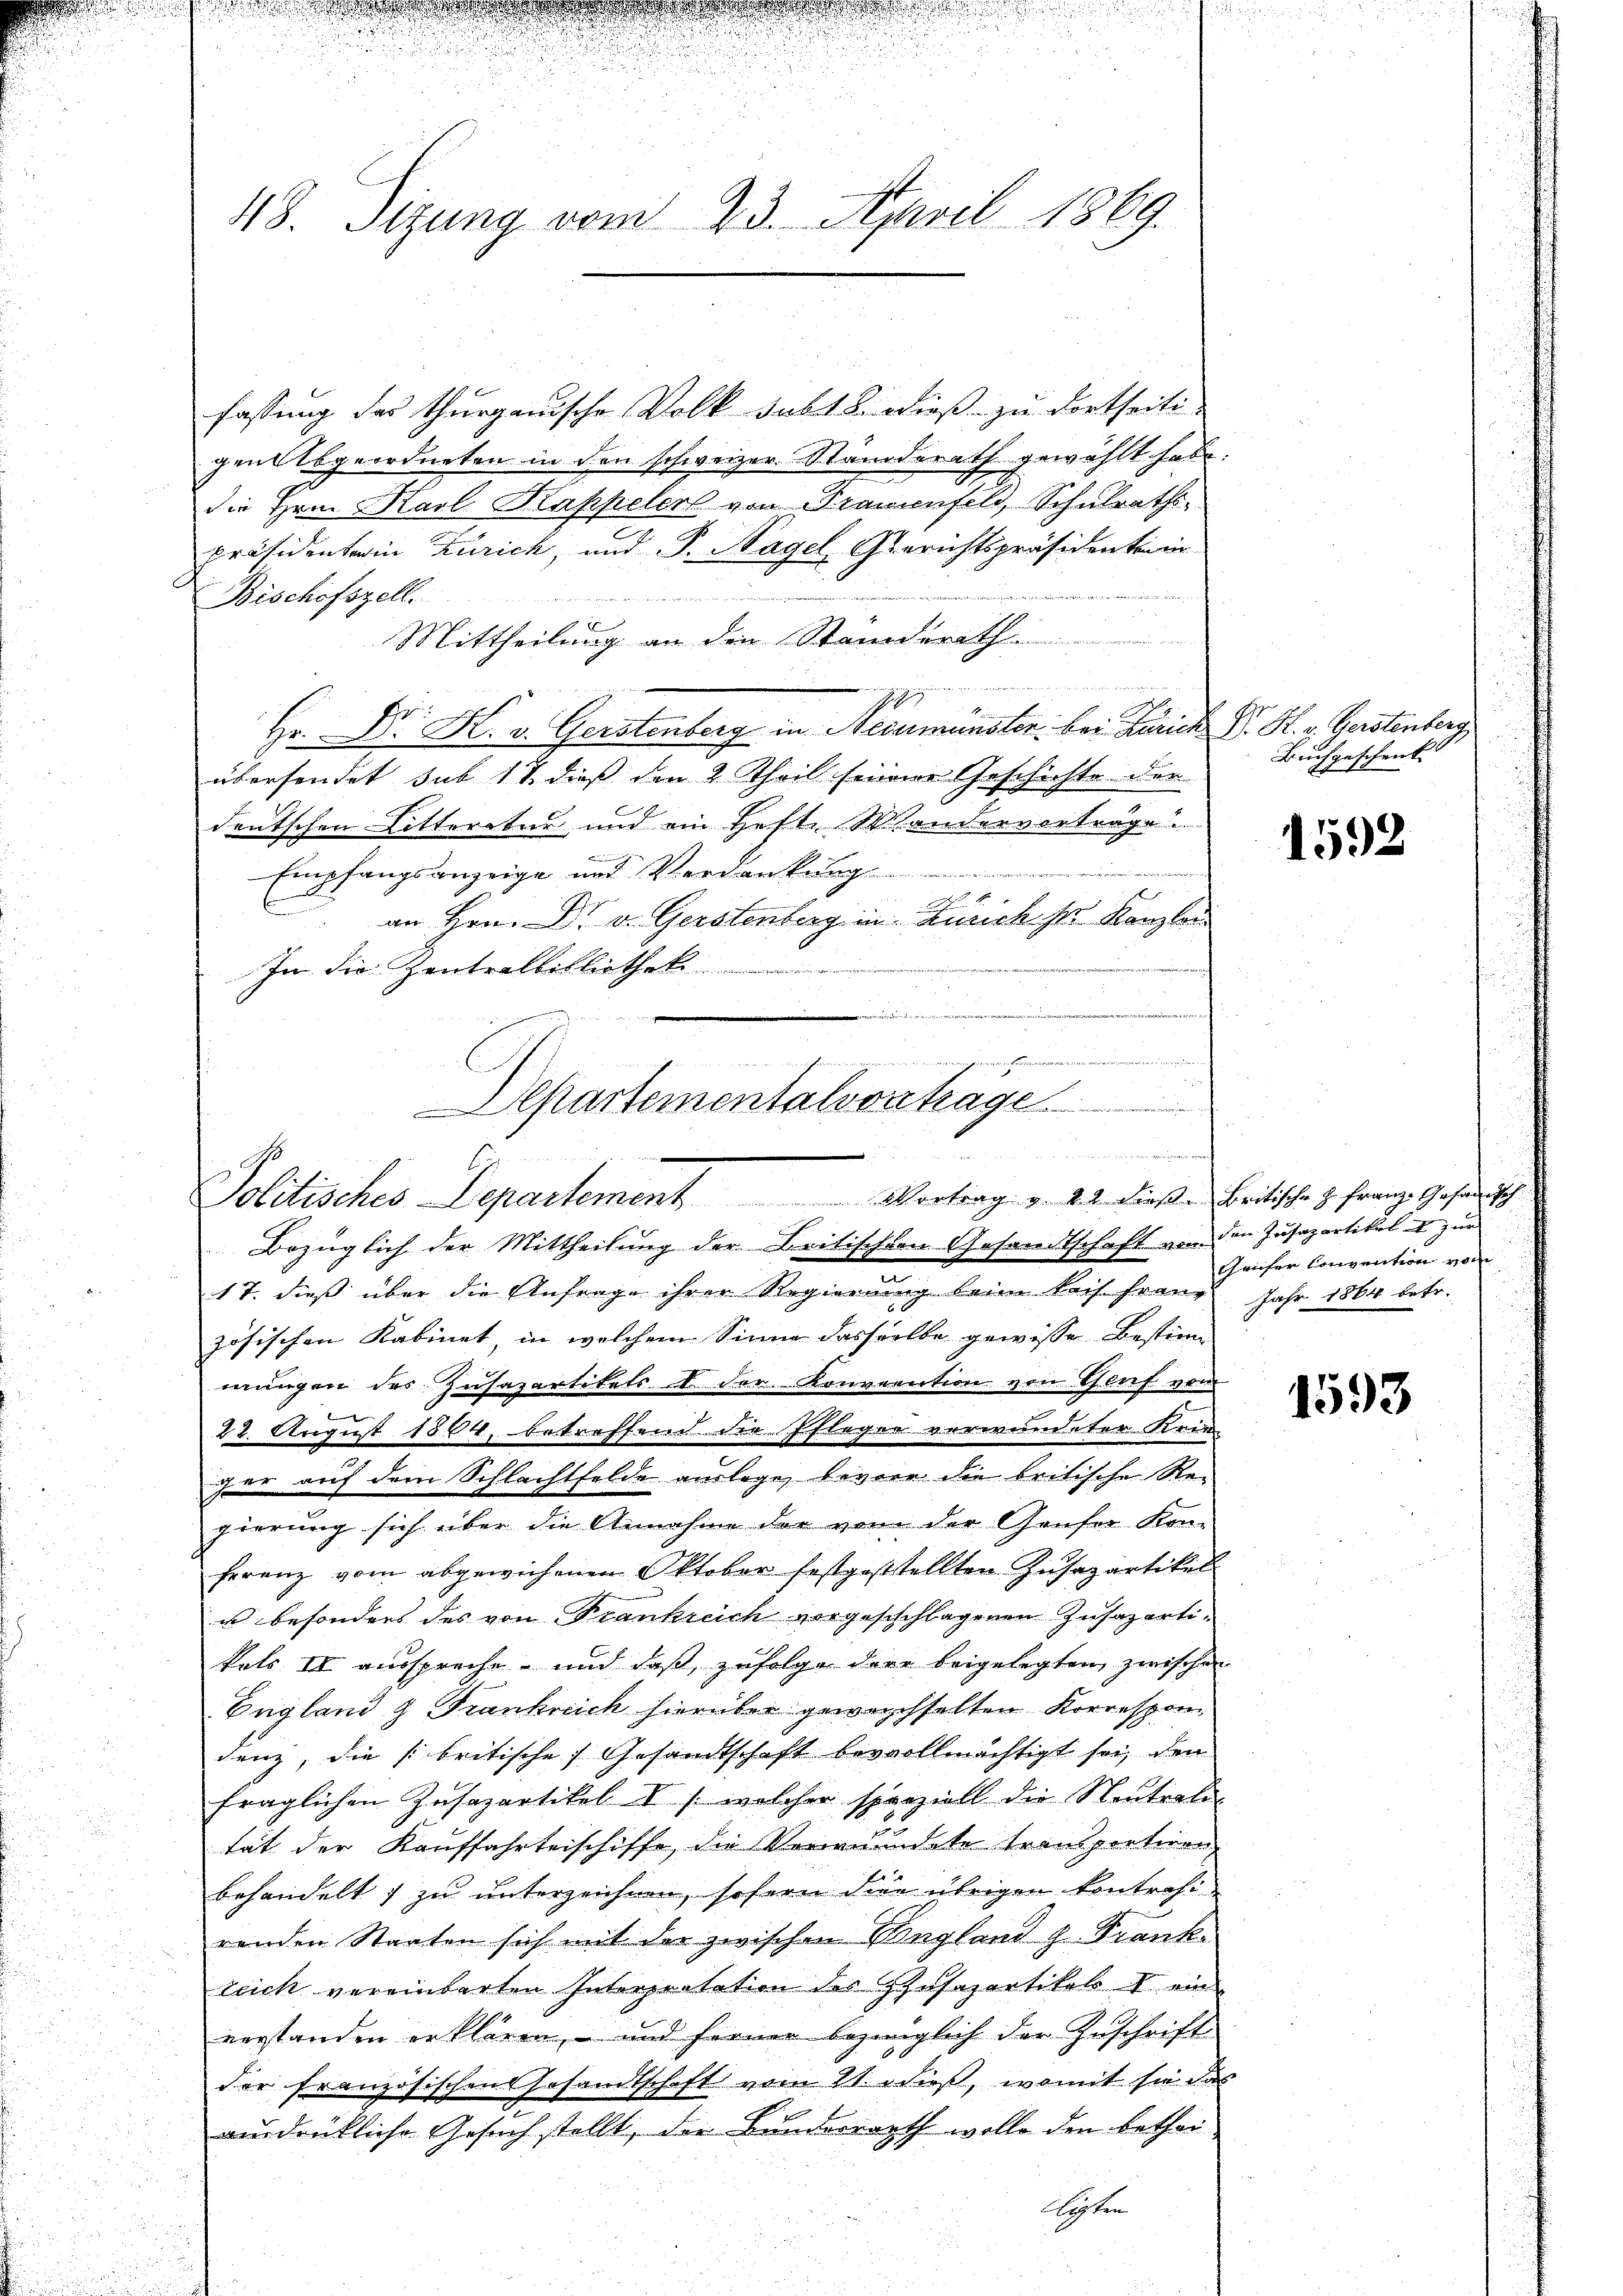
48. Sizung vom 23. April 1869.

fassung des thurgauische Volk sub 18. dieß zu dortheili-
gen Abgeordneten in den schweizer. Standerath gewählt habe.
die Hrn. Karl. Kappelert von Trauenfeld, Schulraths-
präsidenterin Zürich, und P. Nagel, Gerichtspräsidenten in
 a
Bischofszell.
Mittheilung an den Standerath
e
Hr. Dr. H. v. Gerstenberg in Neumünster bei Zürich Dr. St. Gartenberg
übersendet sub 11 dieß den 2 Theil seiner Geschichte der
deutschen Litteratur und ein Hefte Mandervorträge
Empfangsanzeige und Verdankung
u
an Hrn. Dr. v. Gerstenberg in Zürich ser Kanzlei
In die Zentralbibliothek

epartementalvortrage
wen einen sein einen werden man einer
G
Politisches Departement. Vortrag v. 2. 3. diese Britische Z. franze Gesarisch
Bezüglich der Mittheilung der Britischen Gesandtschaft von den Zusapartikel er zur

17. dieß über die Anfrage ihrer Regierung beim Reis franz
zösischen Kabinet, in welchem Sinne dasselbe gewisse Bestimmungen des Zusapartikels. I der Konvention von Glaf vom
22. August 1804. betreffend die Pfleger verwundeter Krie
gar auf dem Schlachtfelde auslege, bevor die britische Re-
gierung sich über die Annahme der von der Genfer Kon-
ferenz vom abgewiesenen Oktober festgestellten Zusapartikel
u besonders des von Frankreich vorgeschlagenen Zusazartikals IV ausspreche, und daß, zufolge dare beigelegten zwischen
England & Frankreich hierüber gewachselten Korresponi
denz, die britische Gesandtschaft bevollmächtigt sei, den
fraglichen Zusazartikel I /: welcher sparziell die Neutrali-
tat der Kauffahrteischiffe, die Verwundete transportiren
behandelt, zu unterzeichnen, sofern die übrigen Kontrahirenden Staaten sich mit der zwischen Begland z. Krankteich vereinbarten Interpretation der Zinsazartikels ein
verstanden erklären, – und ferner bezwiglich der Zuschrift
der französischen Gesandtschaft vom 21. dieß, womit sie das
ausdrückliche Gesuch stellt, der Bunderrath wolle den bethei¬
Kosten

Buchgeschenk

1592

Grifer Convention von
Jahr 1864 betr.

1593